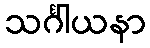
သင်္ဂါယနာ